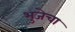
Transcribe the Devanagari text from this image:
भुजेचा